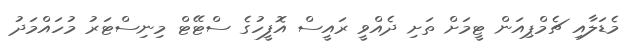
މެޑަލާއި ޗެމްޕިއަން ޓީމަށް ތަށި ދެއްވީ ރައީސް އޮފީހުގެ ސްޓޭޓް މިނިސްޓަރު މުހައްމަދު